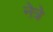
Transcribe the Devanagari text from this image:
नेत्रे